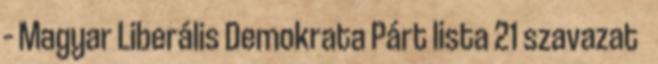
– Magyar Liberális Demokrata Párt lista 21 szavazat